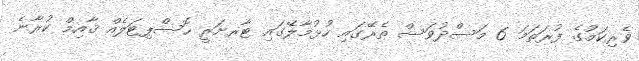
ވެރިކަމުގެ ފުރަތަމަ 6 މަސްދުވަސް ތެރޭގައި ހުޅުމާލޭގައި ޓާރށަރީ ހޮސްޕިޓަލެއް ޤާއިމް ކުރާނެ